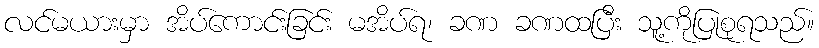
လင်မယားမှာ အိပ်ကောင်းခြင်း မအိပ်ရ၊ ခဏ ခဏထပြီး သူ့ကိုပြုစုရသည်။